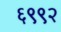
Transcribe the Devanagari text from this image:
६९९२